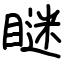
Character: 瞇